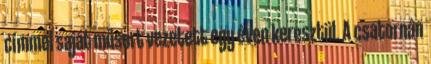
címmel saját műsort vezetett egy éven keresztül. A csatornán